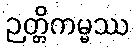
ဉတ္တိကမ္မဿ